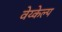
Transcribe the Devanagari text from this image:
वेय्केल्प